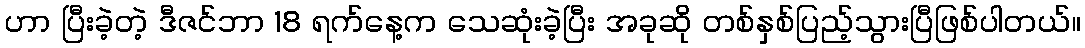
ဟာ ပြီးခဲ့တဲ့ ဒီဇင်ဘာ 18 ရက်နေ့က သေဆုံးခဲ့ပြီး အခုဆို တစ်နှစ်ပြည့်သွားပြီဖြစ်ပါတယ်။